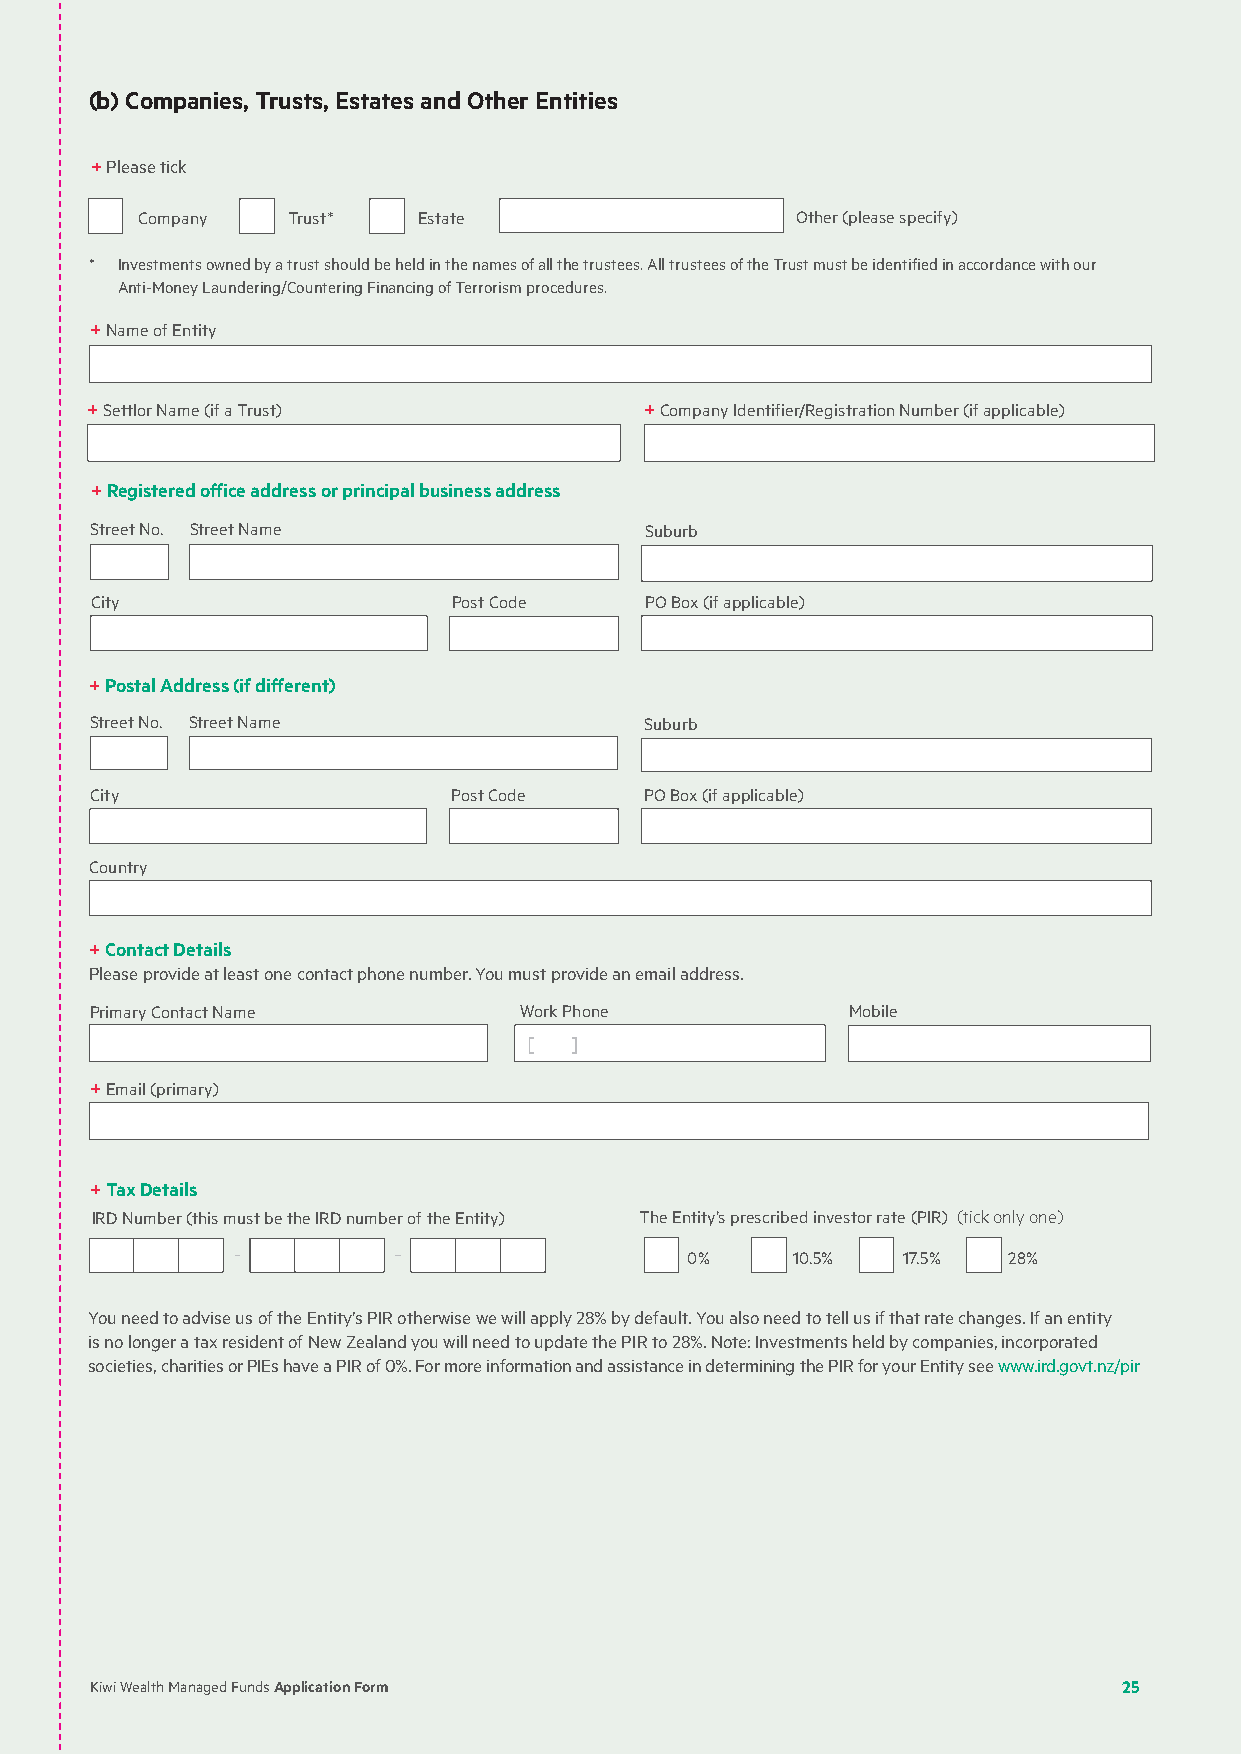
(b) Companies, Trusts, Estates and Other Entities
 + Please tick
 Company   Trust*   Estate                   Other (please specify)
 * Investments owned by a trust should be held in the names of all the trustees. All trustees of the Trust must be identified in accordance with our
 Anti-Money Laundering/Countering Financing of Terrorism procedures.
 + Name of Entity
 + Settlor Name (if a Trust)          + Company Identifier/Registration Number (if applicable)
 + Registered office address or principal business address
 Street No. Street Name               Suburb
 City                    Post Code    PO Box (if applicable)
 + Postal Address (if different)
 Street No. Street Name               Suburb
 City                    Post Code    PO Box (if applicable)
 Country
 + Contact Details
 Please provide at least one contact phone number. You must provide an email address.
 Primary Contact Name        Work Phone            Mobile
 [  ]
 + Email (primary)
 + Tax Details
 IRD Number (this must be the IRD number of the Entity) The Entity’s prescribed investor rate (PIR) (tick only one)
 0%     10.5%   17.5%  28%
 You need to advise us of the Entity’s PIR otherwise we will apply 28% by default. You also need to tell us if that rate changes. If an entity
 is no longer a tax resident of New Zealand you will need to update the PIR to 28%. Note: Investments held by companies, incorporated
 societies, charities or PIEs have a PIR of 0%. For more information and assistance in determining the PIR for your Entity see www.ird.govt.nz/pir
 Kiwi Wealth Managed Funds Application Form                          25